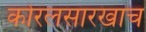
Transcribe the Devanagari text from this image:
कोरलसारखाच